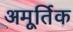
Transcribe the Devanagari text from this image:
अमूर्तिक